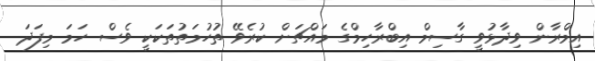
އިމްރާން ވިދާޅުވީ ގާސިމް އިބްރާހިމްގެ މައްޗަށް ކުރެވޭ ތުހުމަތުތަކަކީ ވެސް ހަމަ މިފަދަ